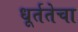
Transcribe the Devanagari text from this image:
धूर्ततेचा